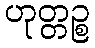
ဟုတ္တဉ္စ